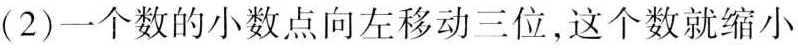
(2)一个数的小数点向左移动三位，这个数就缩小